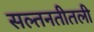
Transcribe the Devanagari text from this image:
सल्तनतीतली